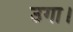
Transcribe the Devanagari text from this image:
उगा।